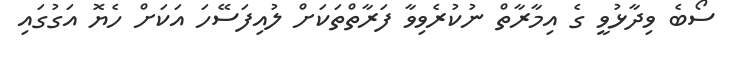
ސޯބެ ވިދާޅުވީ ގެ އިމާރާތް ނުކުރެވިވާ ފަރާތްތަކަށް ލުއިފަސޭހަ އަކަށް ހެޔޮ އަގުގައި